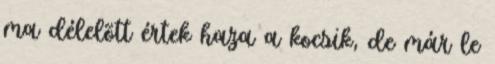
ma délelõtt értek haza a kocsik, de már le